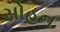
સોહન